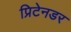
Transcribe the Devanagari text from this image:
प्रिटेनडर